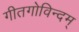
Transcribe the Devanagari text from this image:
गीतगोविन्दम्